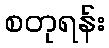
စတုရန်း